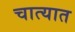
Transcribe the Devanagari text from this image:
चात्यात